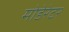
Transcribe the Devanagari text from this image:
मोडेरेटर